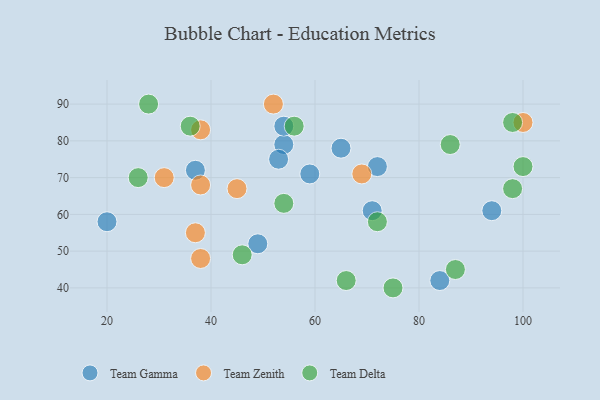
{"axis": {"x": "GDP", "y": "Life Expectancy"}, "legend": ["Team Delta", "Team Gamma", "Team Zenith"], "data": [{"x": "54", "y": 79, "type": "Team Gamma"}, {"x": "65", "y": 78, "type": "Team Gamma"}, {"x": "37", "y": 72, "type": "Team Gamma"}, {"x": "54", "y": 84, "type": "Team Gamma"}, {"x": "59", "y": 71, "type": "Team Gamma"}, {"x": "20", "y": 58, "type": "Team Gamma"}, {"x": "72", "y": 73, "type": "Team Gamma"}, {"x": "94", "y": 61, "type": "Team Gamma"}, {"x": "49", "y": 52, "type": "Team Gamma"}, {"x": "53", "y": 75, "type": "Team Gamma"}, {"x": "71", "y": 61, "type": "Team Gamma"}, {"x": "84", "y": 42, "type": "Team Gamma"}, {"x": "45", "y": 67, "type": "Team Zenith"}, {"x": "69", "y": 71, "type": "Team Zenith"}, {"x": "38", "y": 48, "type": "Team Zenith"}, {"x": "38", "y": 68, "type": "Team Zenith"}, {"x": "52", "y": 90, "type": "Team Zenith"}, {"x": "31", "y": 70, "type": "Team Zenith"}, {"x": "100", "y": 85, "type": "Team Zenith"}, {"x": "37", "y": 55, "type": "Team Zenith"}, {"x": "38", "y": 83, "type": "Team Zenith"}, {"x": "36", "y": 84, "type": "Team Delta"}, {"x": "75", "y": 40, "type": "Team Delta"}, {"x": "98", "y": 85, "type": "Team Delta"}, {"x": "100", "y": 73, "type": "Team Delta"}, {"x": "26", "y": 70, "type": "Team Delta"}, {"x": "28", "y": 90, "type": "Team Delta"}, {"x": "98", "y": 67, "type": "Team Delta"}, {"x": "86", "y": 79, "type": "Team Delta"}, {"x": "72", "y": 58, "type": "Team Delta"}, {"x": "87", "y": 45, "type": "Team Delta"}, {"x": "46", "y": 49, "type": "Team Delta"}, {"x": "66", "y": 42, "type": "Team Delta"}, {"x": "56", "y": 84, "type": "Team Delta"}, {"x": "54", "y": 63, "type": "Team Delta"}]}